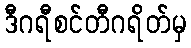
ဒီဂရီစင်တီဂရိတ်မှ